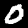
Digit: 0